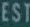
ESTI